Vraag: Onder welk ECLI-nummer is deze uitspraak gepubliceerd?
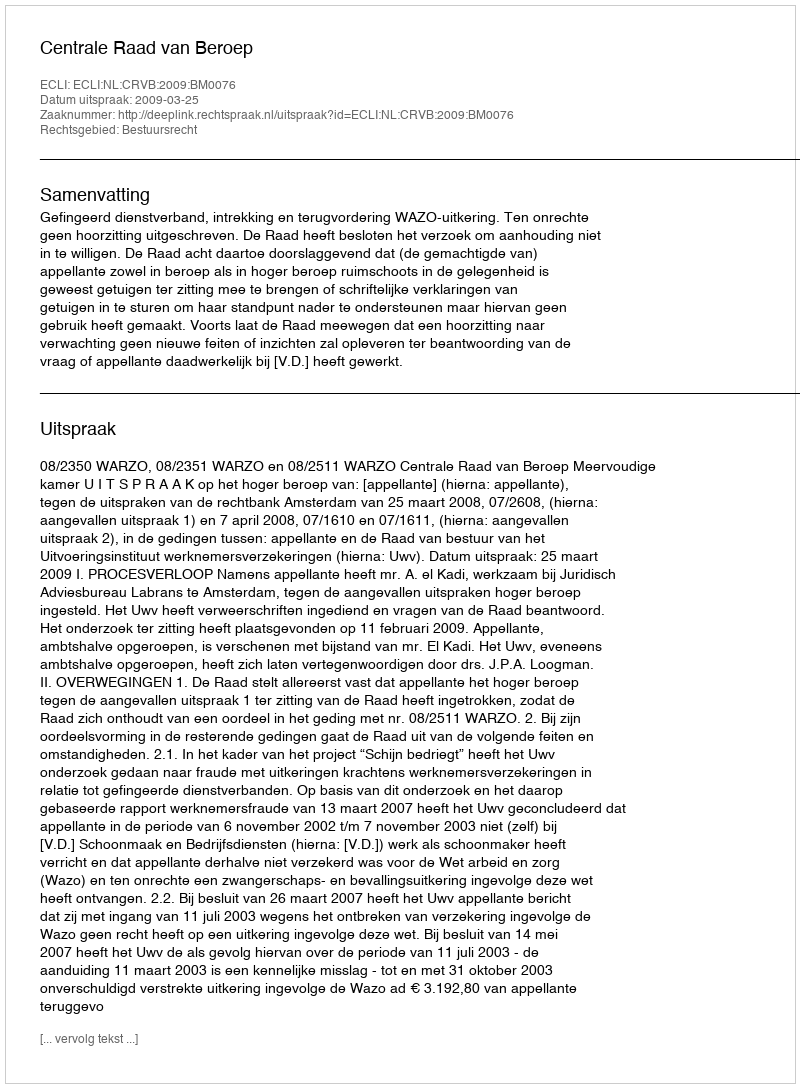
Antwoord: ECLI:NL:CRVB:2009:BM0076